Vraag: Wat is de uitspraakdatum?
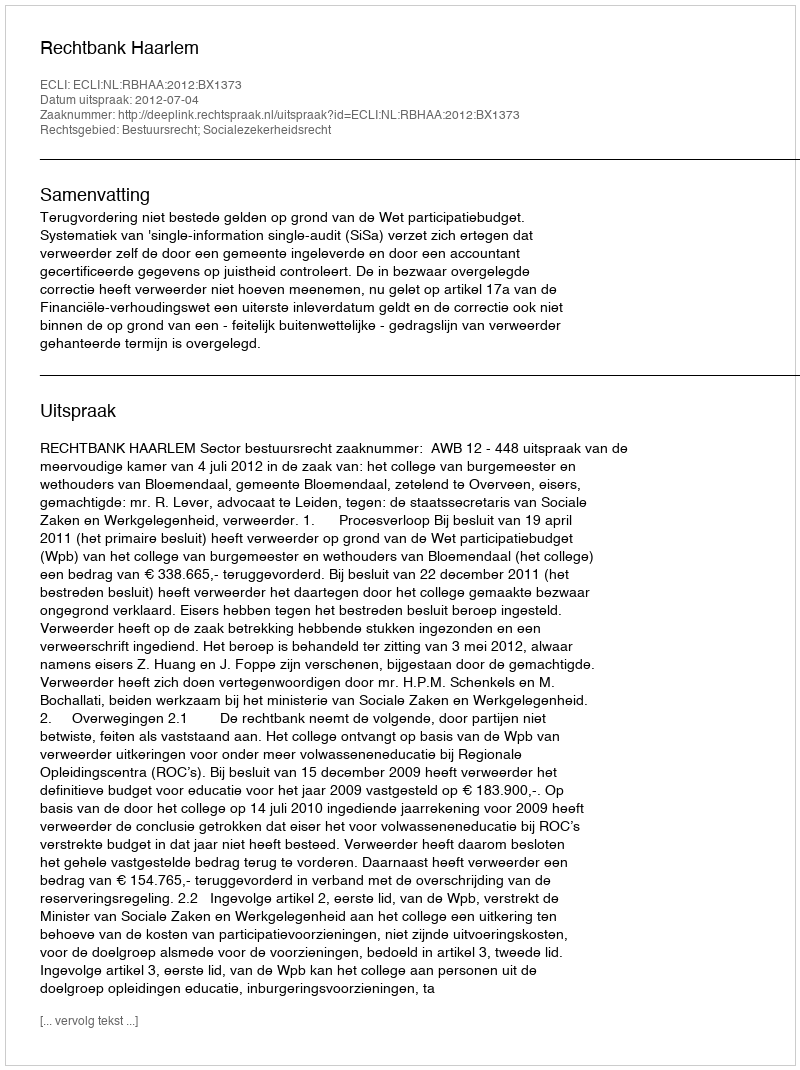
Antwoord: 2012-07-04